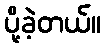
ပို့ခဲ့တယ်။